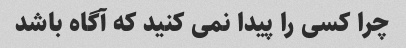
چرا کسی را پیدا نمی کنید که آگاه باشد